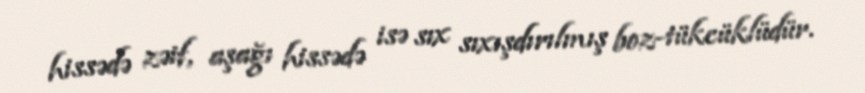
hissədə zəif, aşağı hissədə isə sıx sıxışdırılmış boz-tükcüklüdür.